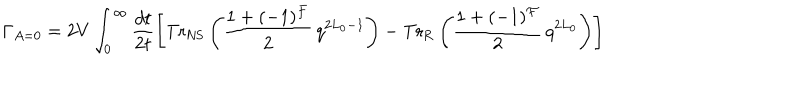
\Gamma _ { A = 0 } = 2 V \int _ { 0 } ^ { \infty } \frac { d t } { 2 t } \left[ \mathrm { T r } _ { \mathrm { N S } } \left( \frac { 1 + ( - 1 ) ^ { \cal F } } { 2 } \, q ^ { 2 L _ { 0 } - 1 } \right) - \mathrm { T r } _ { \mathrm { R } } \left( \frac { 1 + ( - 1 ) ^ { \cal F } } { 2 } \, q ^ { 2 L _ { 0 } } \right) \right]